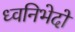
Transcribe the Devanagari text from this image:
ध्वनिभेदों